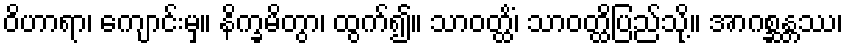
ဝိဟာရာ၊ ကျောင်းမှ။ နိက္ခမိတွာ၊ ထွက်၍။ သာဝတ္ထိံ၊ သာဝတ္ထိပြည်သို့။ အာဂစ္ဆန္တဿ၊